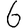
Digit: 6